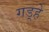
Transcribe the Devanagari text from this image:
गड़्हे